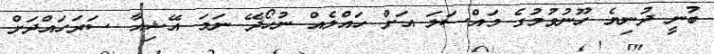
ބުނީ ދުނިޔެ ހޫނުވުމުގެ މައްސަލަ އަށް ހައްލެއް ނުހޯދޭ ނަމަ އޭޝިއާ ސަރަހައްދަށް